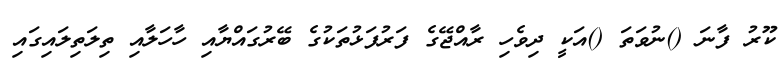
ކޫރު ފާނަ ()ނުވަތަ ()އަކީ ދިވެހި ރާއްޖޭގެ ފަރުފަޅުތަކުގެ ބޭރުގައްޔާއި ހާހަލާއި ތިލަތިލައިގައި